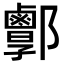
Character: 𨟣